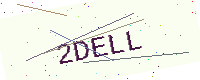
Text: 2DELL